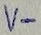
Text: V-